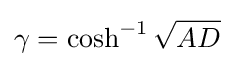
\gamma =\cosh ^{-1}{\sqrt {AD}}